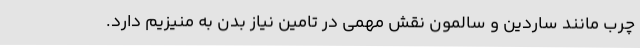
چرب مانند ساردین و سالمون نقش مهمی در تامین نیاز بدن به منیزیم دارد.